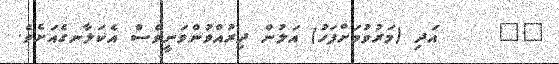
٤٧     އަދި (މަރުވުމަށްފަހު) އަލުން ދިރުއްވުންވަނީވެސް އެކަލާނގެއަށެވެ.